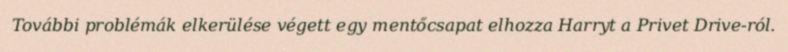
További problémák elkerülése végett egy mentőcsapat elhozza Harryt a Privet Drive-ról.